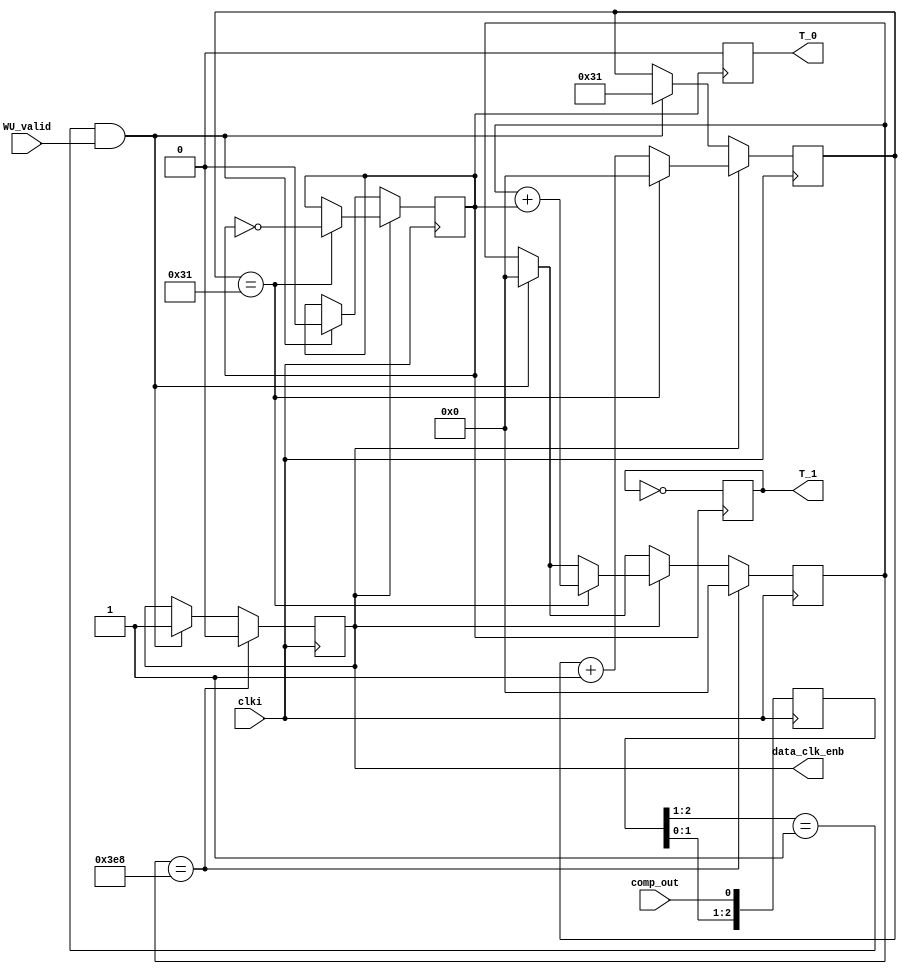
`timescale 1ns / 1ps
//////////////////////////////////////////////////////////////////////////////////
// Company: 
// Engineer: 
// 
// Design Name: 
// Module Name:    Sync
// Project Name: 
// Target Devices: 
// Tool versions: 
// Description: 
//
// Dependencies: 
//
// Revision: 
// Revision 0.01 - File Created
// Additional Comments: 
//
//////////////////////////////////////////////////////////////////////////////////
module Sync(
    input wire clki,
	 input wire comp_out,
	 input wire WU_valid,
	 output reg T_0,
	 output reg T_1,
	 output reg data_clk_enb
	 );

	
	reg[2:0] sync_buf;
	always @(posedge clki) sync_buf <= {sync_buf[1:0], comp_out};
	wire sync_risingedge = (sync_buf[2:1] ==2'b01);
	
/*	reg data_bits[0:999];
	
	integer i;
	initial begin
		for(i=0;i<1000;i=i+1) begin
			if (i<192) begin
				data_bits[i] = 0;
			end
			else begin
				data_bits[i] = 1;
			end
		end
	end*/
	
	// generate 1MHz data clock
	parameter datarate_div = 100;   	//SC_clk = 100/M MHz
	reg [19:0] sys_clk_cnt;
	reg [19:0] data_clk_cnt;
	//reg data_clk_enb;
	reg data_clk;
	
	always @(posedge clki) begin
		if(sync_risingedge & WU_valid) begin
			data_clk_enb <= 1;
			data_clk <= 1'b0; // Initialize clock to 0.
			sys_clk_cnt <= datarate_div/2 - 1;
			data_clk_cnt <= 0;
		end
		
		if (data_clk_enb) begin
			if (sys_clk_cnt == datarate_div/2 - 1) begin
				data_clk <= !data_clk;
				sys_clk_cnt <= 0; 
				data_clk_cnt <= data_clk_cnt + data_clk;				
			end
			else begin
				data_clk <= data_clk;
				sys_clk_cnt <= sys_clk_cnt + 1;
			end
		end
		
		if(data_clk_cnt == 1000) begin
				data_clk_enb <= 0;
				data_clk_cnt <= 0;
		end	
	end
	
	always @(posedge data_clk) begin
		T_0 <= 0;
		T_1 <= !T_1;
		
/*		if (data_clk_cnt < 192) begin
			T_1 <= 0;
		end
		else begin
			T_1 <= !T_1;
		end*/
	end
	
endmodule